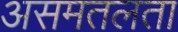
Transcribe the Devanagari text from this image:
असमतलता